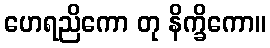
ဟေရညိကော တု နိက္ခိကော။